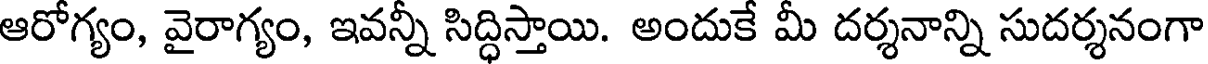
ఆరోగ్యం, వైరాగ్యం, ఇవన్నీ సిద్ధిస్తాయి. అందుకే మీ దర్శనాన్ని సుదర్శనంగా